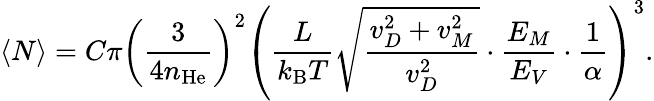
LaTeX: \langle N\rangle=C\pi\left(\frac{3}{4n_{\mathrm{He}}}\right)^{2}\left(\frac{L}{k_{\mathrm{B}}T}\sqrt{\frac{v_{D}^{2}+v_{M}^{2}}{v_{D}^{2}}}\cdot\frac{E_{M}}{E_{V}}\cdot\frac{1}{\alpha}\right)^{3}.